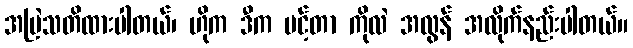
အမြဲသတိထားပါတယ်၊ ဟိုက ဒီက ပင့်တာ ကိုလဲ အလွန် အလိုက်နည်းပါတယ်။